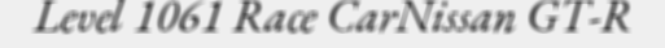
Level 1061 Race CarNissan GT-R